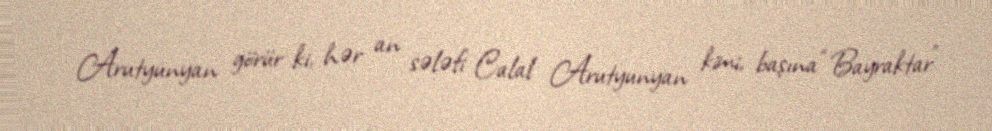
Arutyunyan görür ki, hər an sələfi Calal Arutyunyan kimi, başına “Bayraktar”